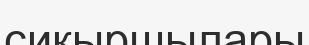
сиқыршылары